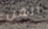
الفن